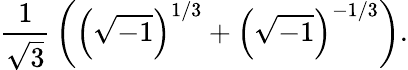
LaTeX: {\frac{1}{\sqrt{3}}}\left(\left({\sqrt{-1}}\right)^{1/3}+\left({\sqrt{-1}}\right)^{-1/3}\right).